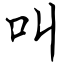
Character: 叫